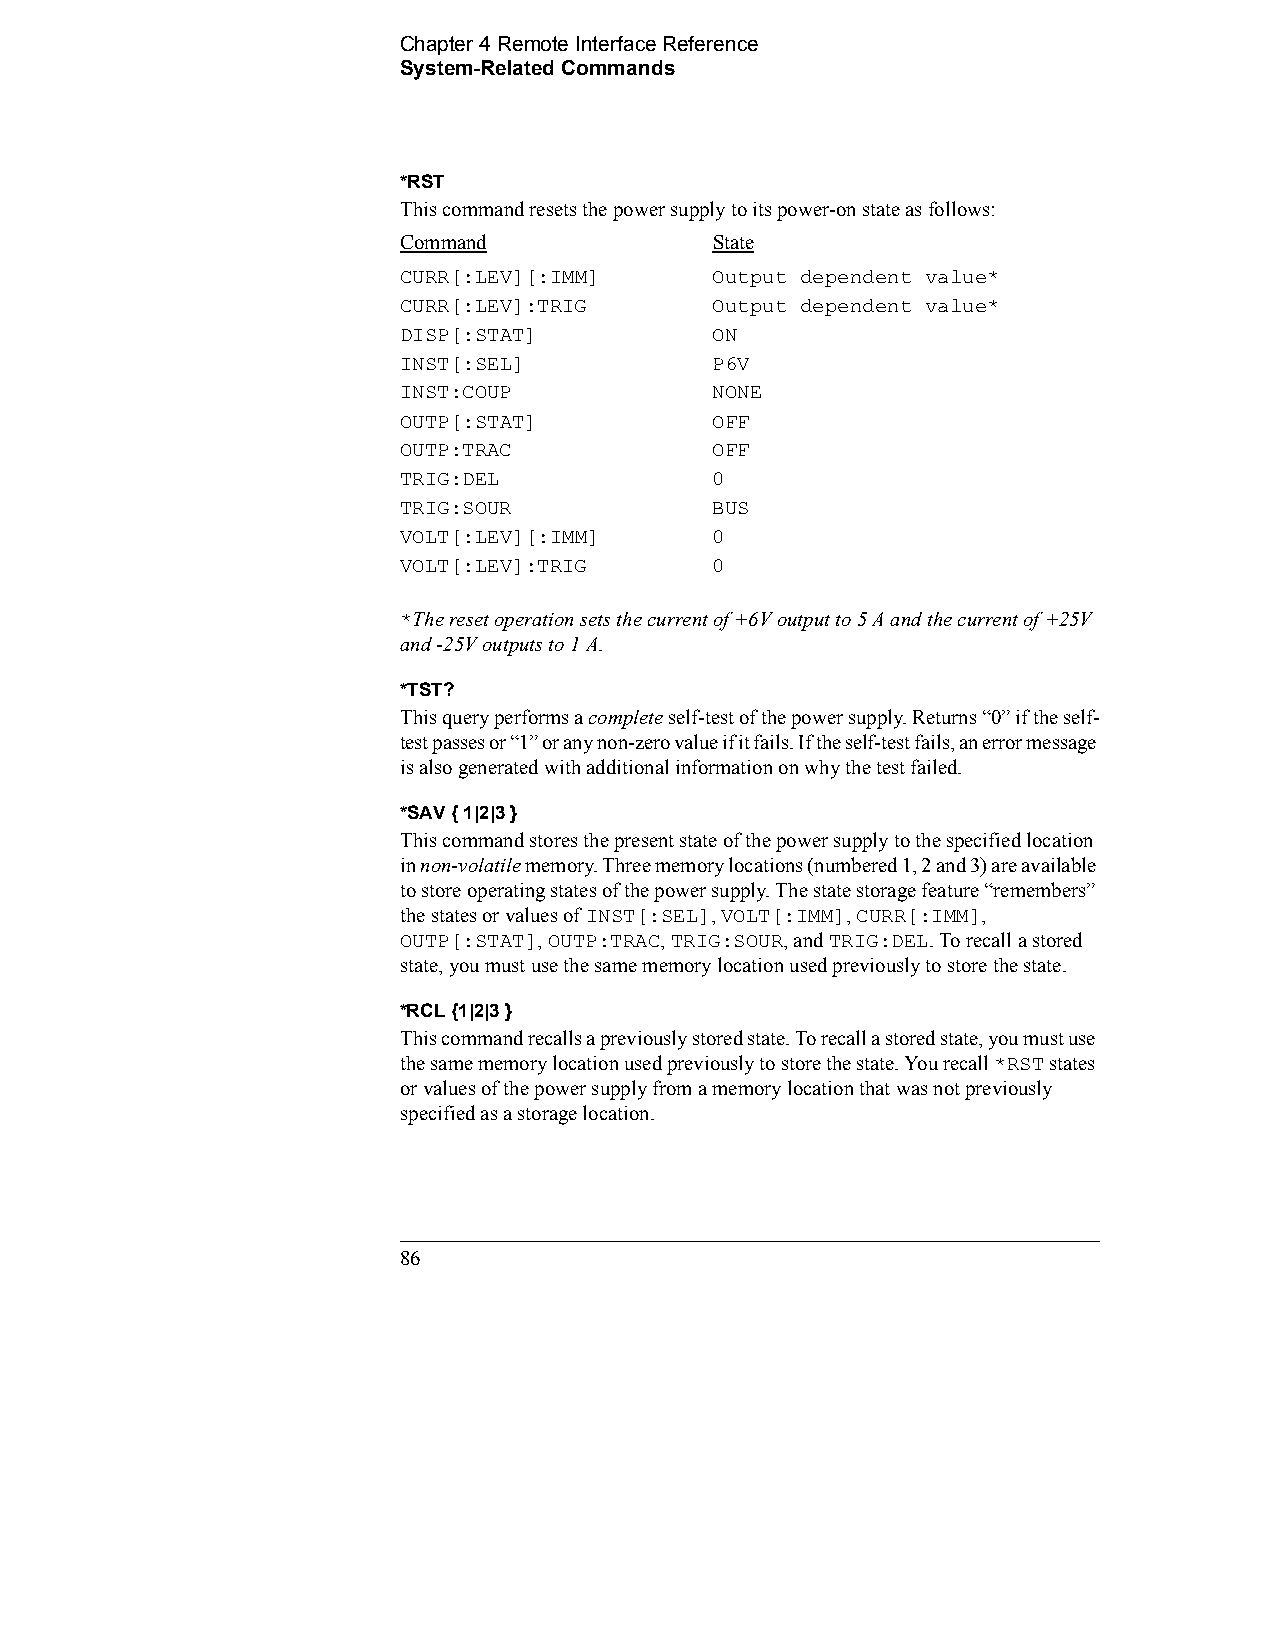
Chapter 4 Remote Interface Reference    
 System-Related Commands
 *RST
 This command resets the power supply to its power-on state as follows:
 Command              State
 CURR[:LEV][:IMM]     Output dependent value*
 CURR[:LEV]:TRIG      Output dependent value*
 DISP[:STAT]          ON
 INST[:SEL]           P6V
 INST:COUP            NONE
 OUTP[:STAT]          OFF
 OUTP:TRAC            OFF
 TRIG:DEL             0
 TRIG:SOUR            BUS
 VOLT[:LEV][:IMM]     0
 VOLT[:LEV]:TRIG      0
 *The reset operation sets the current of +6V output to 5 A and the current of +25V
 and -25V outputs to 1 A.
 *TST?
 This query performs a complete self-test of the power supply. Returns “0” if the self-
 test passes or “1” or any non-zero value if it fails. If the self-test fails, an error message
 is also generated with additional information on why the test failed.
 *SAV { 1|2|3 }
 This command stores the present state of the power supply to the specified location
 in non-volatile memory. Three memory locations (numbered 1, 2 and 3) are available
 to store operating states of the power supply. The state storage feature “remembers”
 the states or values of INST[:SEL], VOLT[:IMM], CURR[:IMM],
 OUTP[:STAT], OUTP:TRAC, TRIG:SOUR, and TRIG:DEL. To recall a stored
 state, you must use the same memory location used previously to store the state.
 *RCL {1|2|3 }
 This command recalls a previously stored state. To recall a stored state, you must use
 the same memory location used previously to store the state. You recall *RST states
 or values of the power supply from a memory location that was not previously
 specified as a storage location.
 86                                             